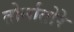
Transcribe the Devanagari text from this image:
तोर्नातोरे